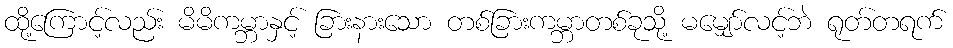
ထို့ကြောင့်လည်း မိမိကမ္ဘာနှင့် ခြားနားသော တစ်ခြားကမ္ဘာတစ်ခုသို့ မမျှော်လင့်ဘဲ ရုတ်တရက်